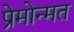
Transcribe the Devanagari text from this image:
प्रेमोन्मत